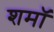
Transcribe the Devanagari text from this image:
शमॉ